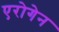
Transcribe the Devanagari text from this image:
एरोगेन